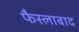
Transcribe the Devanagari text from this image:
फैस्लाबाद